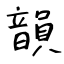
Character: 韻